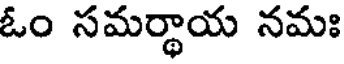
ఓం సమర్ధాయ నమః